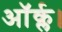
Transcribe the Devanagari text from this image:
ऑर्क्ल।